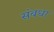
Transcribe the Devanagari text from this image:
संबधा